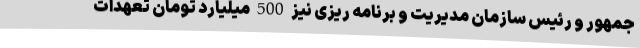
جمهور و رئیس سازمان مدیریت و برنامه ریزی نیز 500 میلیارد تومان تعهدات